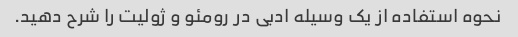
نحوه استفاده از یک وسیله ادبی در رومئو و ژولیت را شرح دهید.